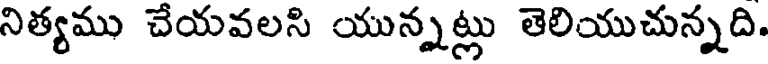
నిత్యము చేయవలసి యున్నట్లు తెలియుచున్నది.